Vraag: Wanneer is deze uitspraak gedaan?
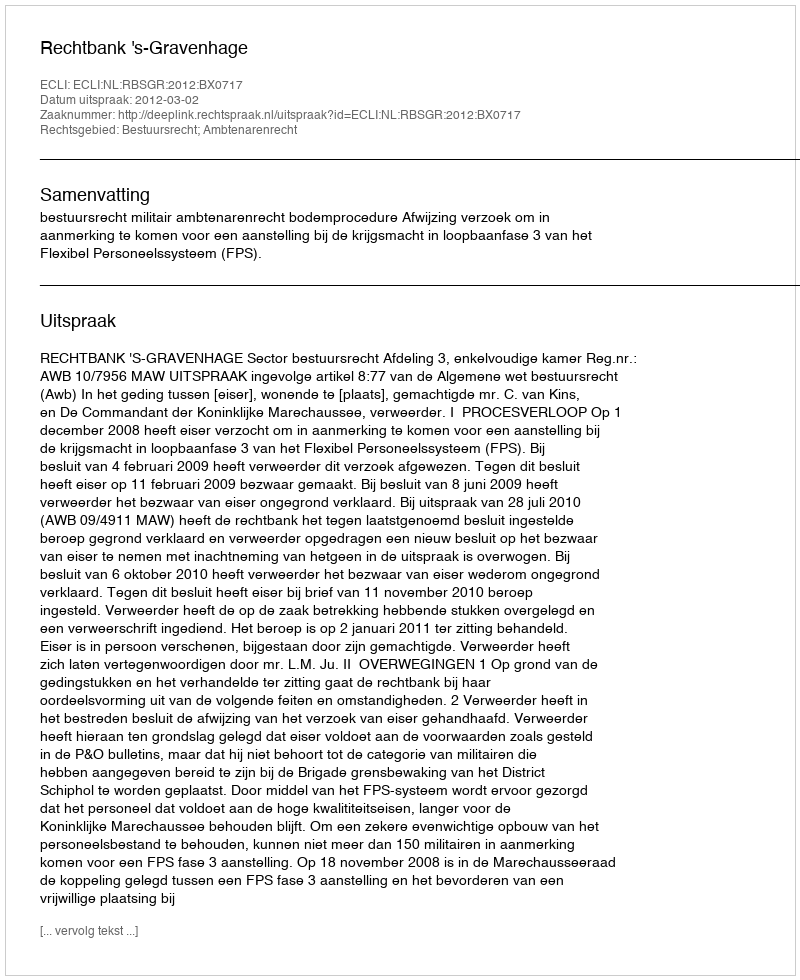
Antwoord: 2012-03-02